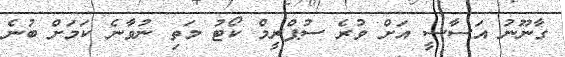
ގާނޫނު އަސާސީ އަށް ވުރެ ސުޕްރީމް ކޯޓު މަތި ނުވާނެ ކަމަށް ބުނެ